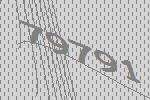
79791